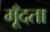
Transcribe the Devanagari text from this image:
मूँदता